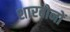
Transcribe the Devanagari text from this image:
शारबोनों